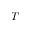
T